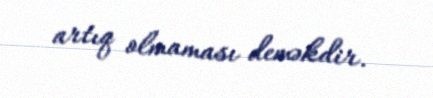
artıq olmaması deməkdir.